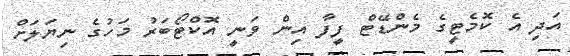
އަދި އެ ކޮމެޓީގެ މެންޑޭޓް ފީފާ އިން ވަނީ އޮކްޓޯބަރު މަހުގެ ނިޔަލަށް